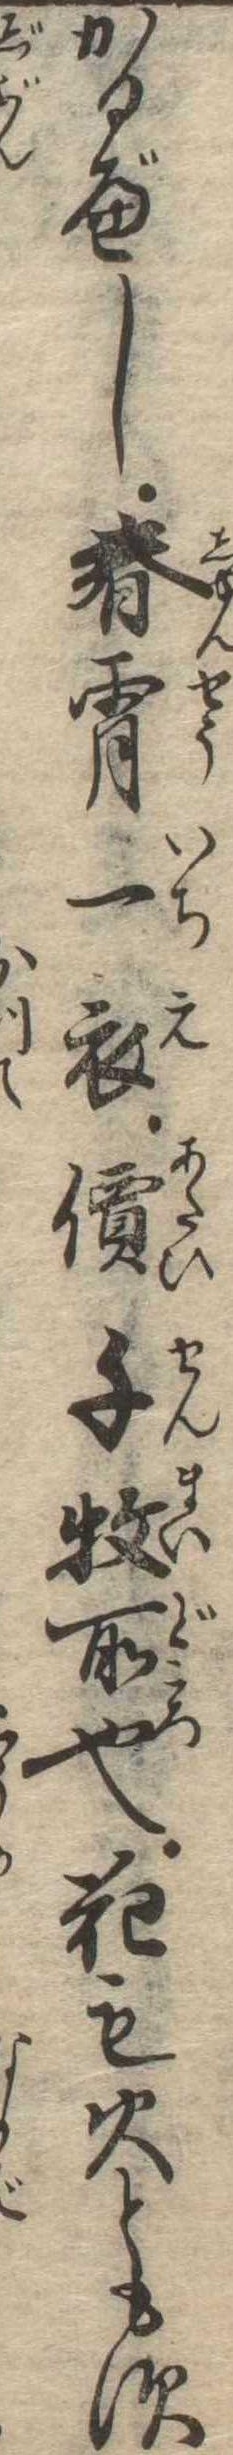
かるべし春宵一衣価千枚所也花も火ともす